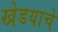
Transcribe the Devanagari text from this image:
खेडयाचे